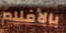
بالأفلام